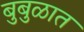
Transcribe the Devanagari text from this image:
बुबुळात